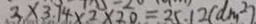
3 \times 3 . 1 4 \times 2 \times 2 0 = 2 5 . 1 2 ( d m ^ { 2 } )